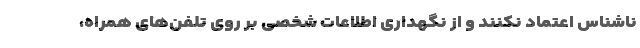
ناشناس اعتماد نکنند و از نگهداری اطلاعات شخصی بر روی تلفن‌های همراه،